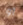
أو